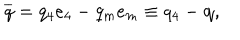
LaTeX: \overline { { { q } } } = q _ { 4 } e _ { 4 } - q _ { m } e _ { m } \equiv q _ { 4 } - \mathbf { q } ,